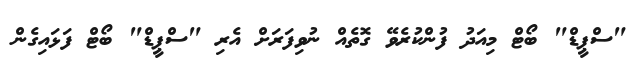
"ސްޕީޑް" ބޯޓް މިއަދު ފުންކުރެވޭ ގޮތެއް ނުވިފަރަށް އެރި "ސްޕީޑް" ބޯޓް ފަޅައިގެން